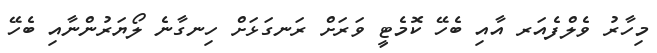
މިހާރު ވެލްފެއަރ އާއި ބެހޭ ކޮމެޓީ ވަރަށް ރަނގަޅަށް ހިނގާނެ ލޯޔަރުންނާއި ބެހޭ